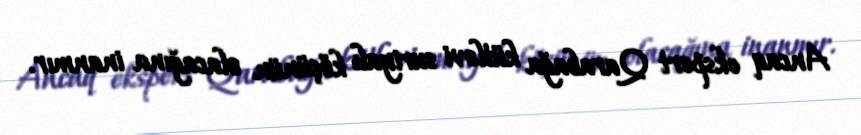
Ancaq ekspert Qarabağa kütləvi suriyalı köçünün olacağına inanmır.